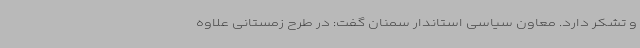
و تشکر دارد. معاون سیاسی استاندار سمنان گفت: در طرح زمستانی علاوه